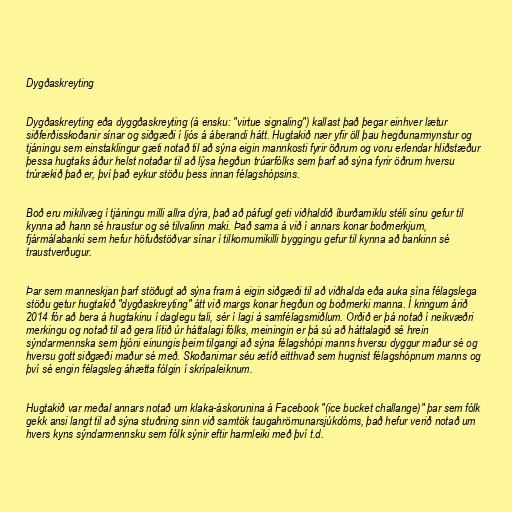
Dygðaskreyting

Dygðaskreyting eða dyggðaskreyting (á ensku: "virtue signaling") kallast það þegar einhver lætur
siðferðisskoðanir sínar og siðgæði í ljós á áberandi hátt. Hugtakið nær yfir öll þau hegðunarmynstur og
tjáningu sem einstaklingur gæti notað til að sýna eigin mannkosti fyrir öðrum og voru erlendar hliðstæður
þessa hugtaks áður helst notaðar til að lýsa hegðun trúarfólks sem þarf að sýna fyrir öðrum hversu
trúrækið það er, því það eykur stöðu þess innan félagshópsins.

Boð eru mikilvæg í tjáningu milli allra dýra, það að páfugl geti viðhaldið íburðamiklu stéli sínu gefur til
kynna að hann sé hraustur og sé tilvalinn maki. Það sama á við í annars konar boðmerkjum,
fjármálabanki sem hefur höfuðstöðvar sínar í tilkomumikilli byggingu gefur til kynna að bankinn sé
traustverðugur.

Þar sem manneskjan þarf stöðugt að sýna fram á eigin siðgæði til að viðhalda eða auka sína félagslega
stöðu getur hugtakið "dygðaskreyting" átt við margs konar hegðun og boðmerki manna. Í kringum árið
2014 fór að bera á hugtakinu í daglegu tali, sér í lagi á samfélagsmiðlum. Orðið er þá notað í neikvæðri
merkingu og notað til að gera lítið úr háttalagi fólks, meiningin er þá sú að háttalagið sé hrein
sýndarmennska sem þjóni einungis þeim tilgangi að sýna félagshópi manns hversu dyggur maður sé og
hversu gott siðgæði maður sé með. Skoðanirnar séu ætíð eitthvað sem hugnist félagshópnum manns og
því sé engin félagsleg áhætta fólgin í skrípaleiknum.

Hugtakið var meðal annars notað um klaka-áskorunina á Facebook "(ice bucket challange)" þar sem fólk
gekk ansi langt til að sýna stuðning sinn við samtök taugahrörnunarsjúkdóms, það hefur verið notað um
hvers kyns sýndarmennsku sem fólk sýnir eftir harmleiki með því t.d.